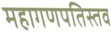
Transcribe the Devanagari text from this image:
महागणपतिस्तव